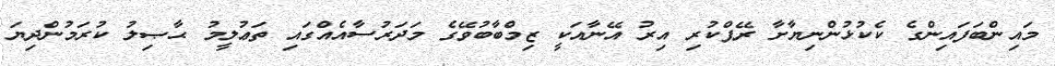
މައިންބަފައިންގެ ކެކުޅުންނިޔާށާ ރޭޕްކުރި އިރު އޭނާއަކީ ޒިމްބާބުވޭގެ މަދަރުސާއެއްގައި ތަޢުލީމު ޙާޞިލު ކުރަމުންދިޔަ